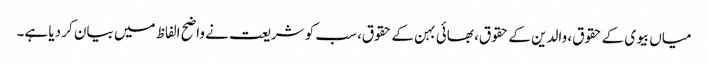
میاں بیوی کے حقوق، والدین کے حقوق، بھائی بہن کے حقوق، سب کو شریعت نے واضح الفاظ میں بیان کر دیا ہے۔